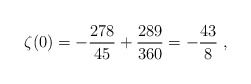
\begin{align*}\zeta(0)=-{278\over 45}+{289\over 360}=-{43\over 8} \; ,\end{align*}